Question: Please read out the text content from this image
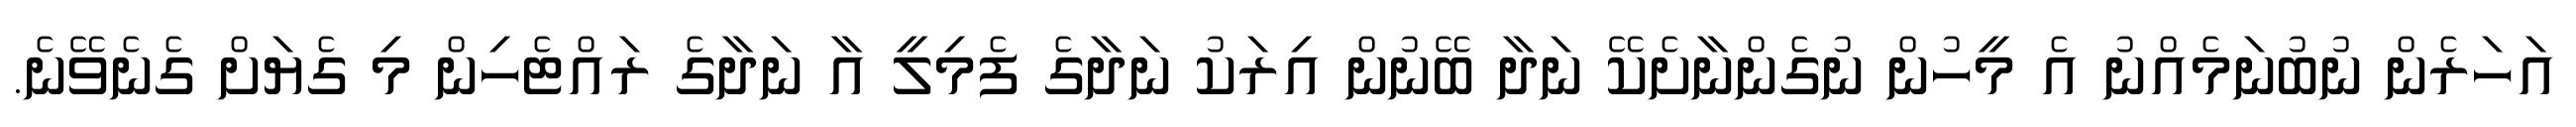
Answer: އަހަރެން ނުބުނަމެއްނު އެ މީހުން ނުގެންނާށެކޭ ނަދާ ބޭނުން އިރަކު ނަދާގެ ފެމިލީ އާ ނަދާގެ ރައްޓެހިން މި ގެޔަށް ގެނެވޭނެ.